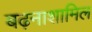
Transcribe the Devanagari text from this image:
बढ़नाशामिल